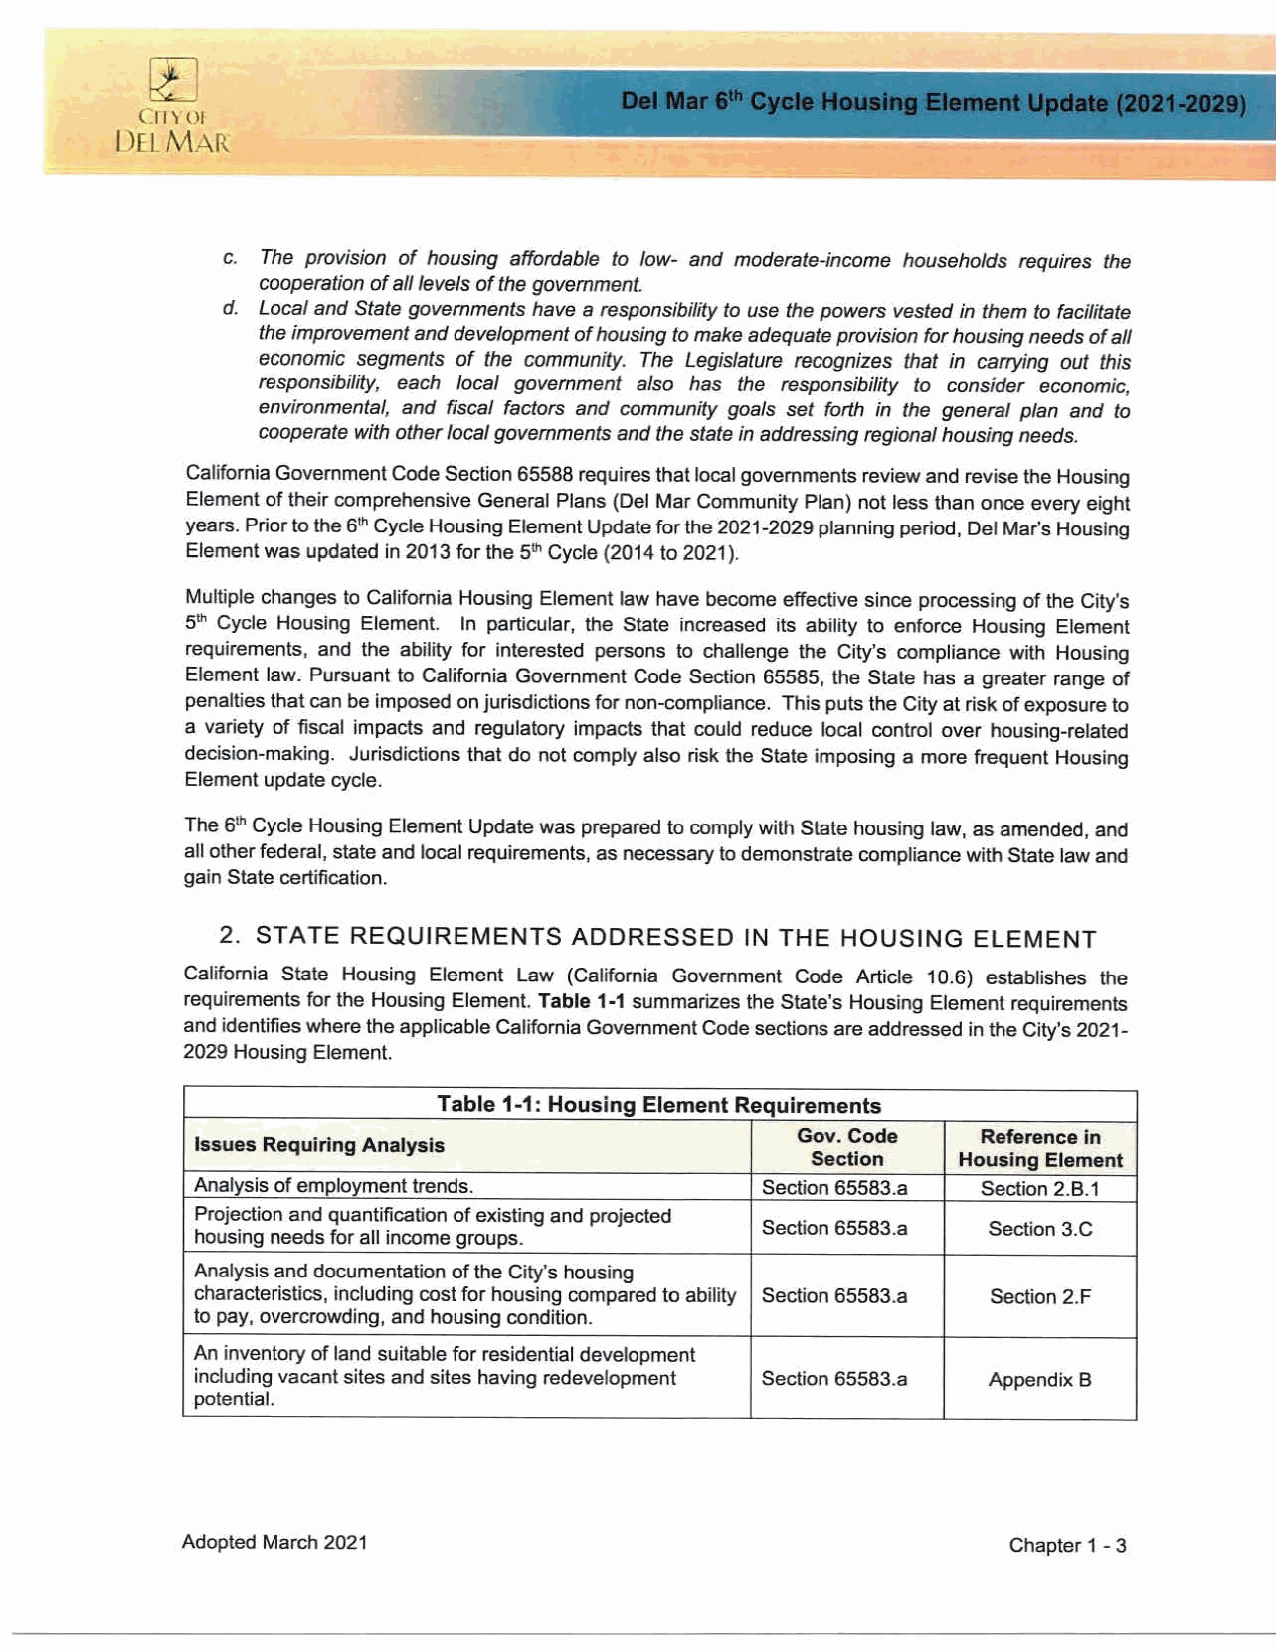
-
 .,
 11 Y ( of
 l)[I M .A R
 c. The provision of housing affordable to low- and moderate-income households requires the
 cooperation of all levels of the government.
 d. Local and State governments have a responsibility to use the powers vested in them to facilitate
 the improvement and development of housing to make adequate provision for housing needs of all
 economic segments of the community. The Legislature recognizes that in carrying out this
 responsibility, each local government also has the responsibility to consider economic,
 environmental, and fiscal factors and community goals set forth in the general plan and to
 cooperate with other local governments and the state in addressing regional housing needs.
 California Government Code Section 65588 requires that local governments review and revise the Housing
 Element of their comprehensive General Plans (Del Mar Community Plan) not less than once every eight
 years. Prior to the 6th Cycle Housing Element Update for the 2021-2029 planning period, Del Mar's Housing
 Element was updated in 2013 for the 5th Cycle (2014 to 2021 ).
 Multiple changes to California Housing Element law have become effective since processing of the City's
 5th Cycle Housing Element. In particular, the State increased its ability to enforce Housing Element
 requirements, and the ability for interested persons to challenge the City's compliance with Housing
 Element law. Pursuant to California Government Code Section 65585, the State has a greater range of
 penalties that can be imposed on jurisdictions for non-compliance. This puts the City at risk of exposure to
 a variety of fiscal impacts and regulatory impacts that could reduce local control over housing-related
 decision-making. Jurisdictions that do not comply also risk the State imposing a more frequent Housing
 Element update cycle.
 The 6th Cycle Housing Element Update was prepared to comply with State housing law, as amended, and
 all other federal, state and local requirements, as necessary to demonstrate compliance with State law and
 gain State certification.
 2. STATE REQUIREMENTS   ADDRESSED  IN THE HOUSING ELEMENT
 California State Housing Element Law (California Government Code Article 10.6) establishes the
 requirements for the Housing Element. Table 1-1 summarizes the State's Housing Element requirements
 and identifies where the applicable California Government Code sections are addressed in the City's 2021-
 2029 Housing Element.
 Table 1-1: Housing Element Requirements
 Gov. Code   Reference in
 Issues Requiring Analysis
 Section  Housing Element
 Analysis of emplovment trends.       Section 65583.a Section 2.B.1
 Projection and quantification of existing and projected
 Section 65583.a Section 3.C
 housing needs for all income groups.
 Analysis and documentation of the City's housing
 characteristics, including cost for housing compared to ability Section 65583.a Section 2.F
 to pay, overcrowding, and housing condition.
 An inventory of land suitable for residential development
 including vacant sites and sites having redevelopment Section 65583.a Appendix B
 potential.
 Adopted March 2021                                     Chapter 1 - 3